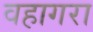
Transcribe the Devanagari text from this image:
वहागरा